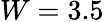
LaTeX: W=3.5